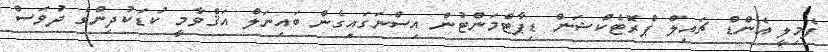
ފެމިލީ އެންޑް ޗައިލް ޕްރޮޓެކްޝަން ޑިޕާޓްމަންޓުން އިސްނަގައިގެން ބައިނަލް އަޤްވާމީ ކުޑަކުދިންގެ ދުވަސް